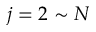
j = 2 \sim N